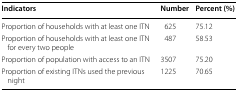
| Indicators | Number | Percent (%) |
 | --- | --- | --- |
 | Proportion of households with at least one ITN | 625 | 75.12 |
 | Proportion of households with at least one ITN for every two people | 487 | 58.53 |
 | Proportion of population with access to an ITN | 3507 | 75.20 |
 | Proportion of existing ITNs used the previous night | 1225 | 70.65 |